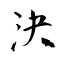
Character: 決